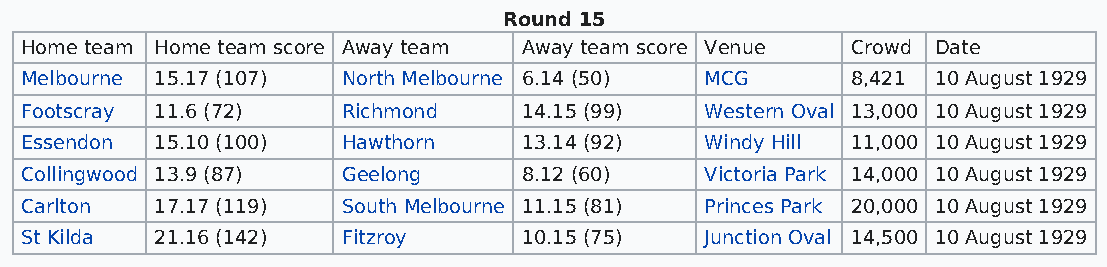
Round 15
 Home team Home team score Away team Away team score Venue Crowd Date
 Melbourne 15.17 (107) North Melbourne 6.14 (50) MCG    8,421 10 August 1929
 Footscray 11.6 (72)   Richmond    14.15 (99)  Western Oval 13,000 10 August 1929
 Essendon 15.10 (100)  Hawthorn    13.14 (92)  Windy Hill 11,000 10 August 1929
 Collingwood 13.9 (87) Geelong     8.12 (60)   Victoria Park 14,000 10 August 1929
 Carlton  17.17 (119)  South Melbourne 11.15 (81) Princes Park 20,000 10 August 1929
 St Kilda 21.16 (142)  Fitzroy     10.15 (75)  Junction Oval 14,500 10 August 1929